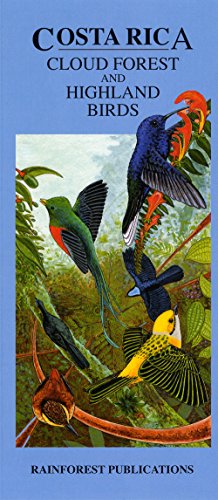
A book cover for Costa Rica Cloud Forest and Highland Birds Guide (Laminated Foldout Pocket Field Guide) (English and Spanish Edition); Rainforest Publications; Travel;